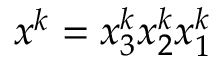
\boldsymbol { x } ^ { k } = x _ { 3 } ^ { k } x _ { 2 } ^ { k } x _ { 1 } ^ { k }